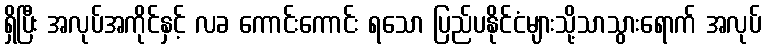
ရှိပြီး အလုပ်အကိုင်နှင့် လခ ကောင်းကောင်း ရသော ပြည်ပနိုင်ငံများသို့သာသွားရောက် အလုပ်